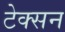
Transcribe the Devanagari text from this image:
टेक्सन